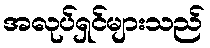
အလုပ်ရှင်များသည်